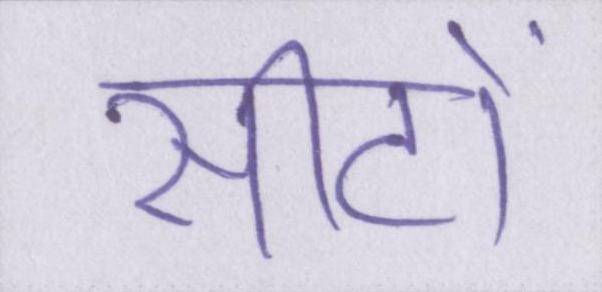
सीटों